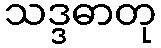
သဒ္ဒဓာတု